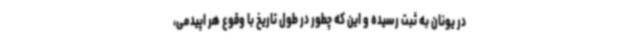
در یونان به ثبت رسیده و این که چطور در طول تاریخ با وقوع هر اپیدمی،